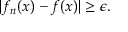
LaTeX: | f _ { n } ( x ) - f ( x ) | \geq \epsilon .